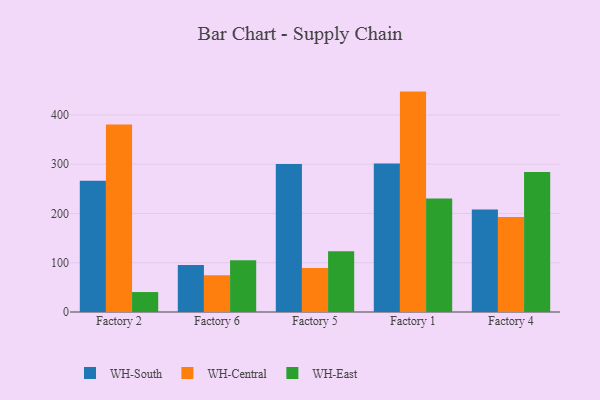
{"axis": {"x": "Factory", "y": "Population (Million)"}, "legend": ["WH-Central", "WH-East", "WH-South"], "data": [{"x": "Factory 2", "y": 266.2, "type": "WH-South"}, {"x": "Factory 2", "y": 380.3, "type": "WH-Central"}, {"x": "Factory 2", "y": 40.5, "type": "WH-East"}, {"x": "Factory 6", "y": 95.6, "type": "WH-South"}, {"x": "Factory 6", "y": 74.6, "type": "WH-Central"}, {"x": "Factory 6", "y": 104.8, "type": "WH-East"}, {"x": "Factory 5", "y": 300.4, "type": "WH-South"}, {"x": "Factory 5", "y": 89.3, "type": "WH-Central"}, {"x": "Factory 5", "y": 123.4, "type": "WH-East"}, {"x": "Factory 1", "y": 301.6, "type": "WH-South"}, {"x": "Factory 1", "y": 447.3, "type": "WH-Central"}, {"x": "Factory 1", "y": 230.4, "type": "WH-East"}, {"x": "Factory 4", "y": 207.8, "type": "WH-South"}, {"x": "Factory 4", "y": 192.7, "type": "WH-Central"}, {"x": "Factory 4", "y": 283.9, "type": "WH-East"}]}